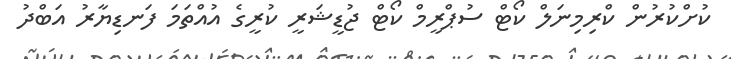
ކުށްކުރުން ކްރިމިނަލް ކޯޓް ސުޕްރީމް ކޯޓް ޖުޑީޝަރީ ކުރީގެ އުއްތަމަ ފަނޑިޔާރު އަބްދު